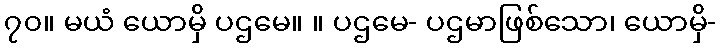
၇၀။ မယံ ယောမှိ ပဌမေ။ ။ ပဌမေ- ပဌမာဖြစ်သော၊ ယောမှိ-